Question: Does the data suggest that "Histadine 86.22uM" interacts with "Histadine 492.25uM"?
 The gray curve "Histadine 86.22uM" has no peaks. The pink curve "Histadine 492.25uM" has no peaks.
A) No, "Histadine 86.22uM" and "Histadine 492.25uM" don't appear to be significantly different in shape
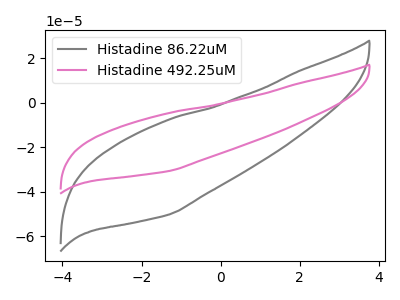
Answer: <think>Neither "Histadine 86.22uM" or "Histadine 492.25uM" have any peaks.
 </think>
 <answer>A) No, "Histadine 86.22uM" and "Histadine 492.25uM" don't appear to be significantly different in shape</answer>
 <eval>A</eval>